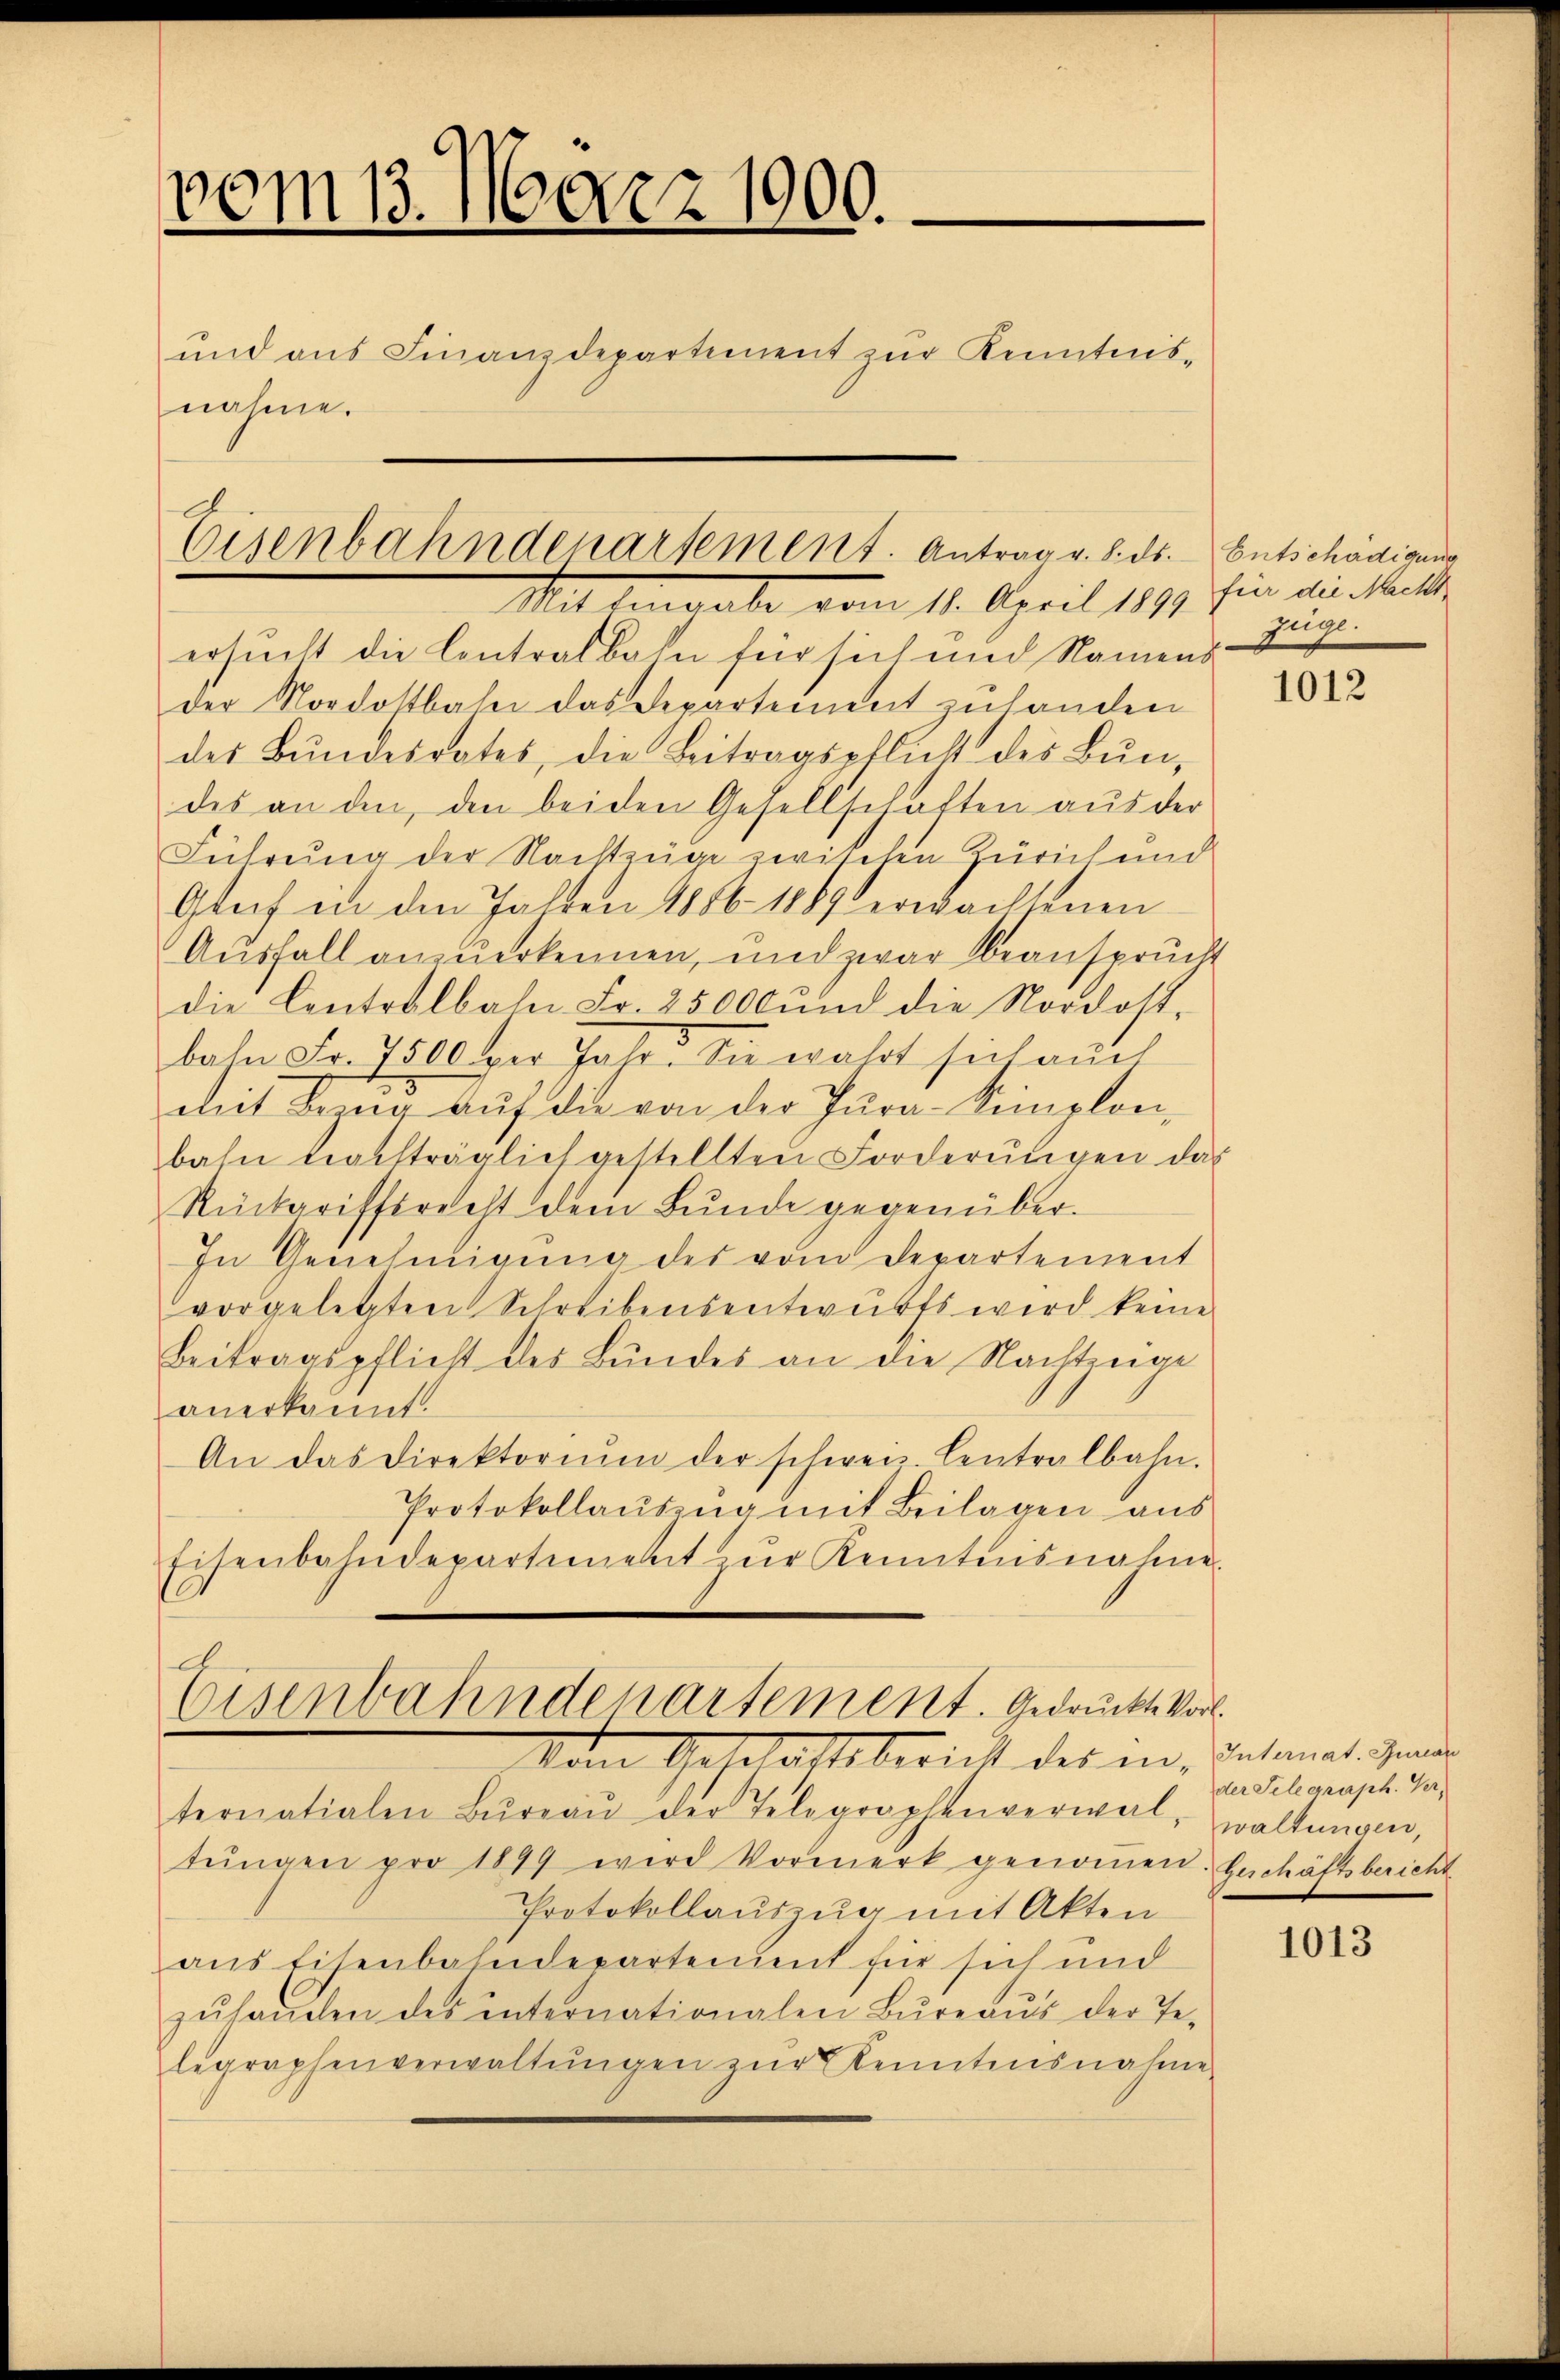
vom 13. März 1900.
und aus Finanzdepartement zur Kenntnis-
nahme.

Eisenbahnderartement. Antrag v. 8. ds. - Entschädigung
Mit legale vom 11. April 1891

ersucht die Contralbahn für sich und Namens
der Nordostbahn das Departement zulanden
des Bŭndesrates, die Beitragspflich des Bŭn,
des an den, den beiden Gesellschaften aus der
Führung der Nachtzuge zwischen Zürich und
Glif in den Jahren 1856. 1889 erwachtenen
Ausfall anzuerkennen, und zwar beansprücht
die Contralbahn Fr. 25000 und die Nordost-
bahn Fr. 7500 per Jahr. Sie wahrt sich auch
mit Bring auf die von der Jura-Simplonbahn trachträglich gestellten Forderŭngen das
Rückgriffsrecht dem Bŭnde gegenüber-
In Genehmigung des vom Departement
vorgelegten Schreibensentwurfs wird keine
Beitragspflicht des Bundes an die Nachtunge
anerkannt.
An das Direktoriŭm der schweiz Centralbahn.
Protokollauszug mit Beilagen aus
Eisenbahndepartement zŭr Kenntnisnahme.
Eisenbahndepartement. Gedrückte Vor
Dem Geschaftsbericht des in Intimat. Jena
ternatialen Bŭreaŭ der Telegraphenverwal, waltungen,
tŭngen pro 1899 wird Vormerk genoṁen. Geschäftsbericht
Protokollauszug mit Akten
aus Eisenbahndepartement für sich und
zŭhanden des internationalen Büreaŭs der Te-
legraphenverwaltŭngen zŭr Kenntnisnahme

für die Nacht
ig.

1012

der Telegraph. Ver¬

1013